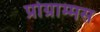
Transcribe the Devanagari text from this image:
प्रोग्राम्मस